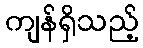
ကျန်ရှိသည့်